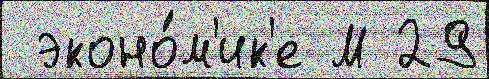
 эконо́м'ик'е М 29